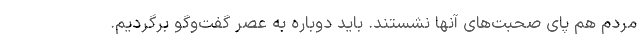
مردم هم پای صحبت‌های آنها نشستند. باید دوباره به عصر گفت‌وگو برگردیم.